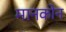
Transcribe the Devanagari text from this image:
मानकोन